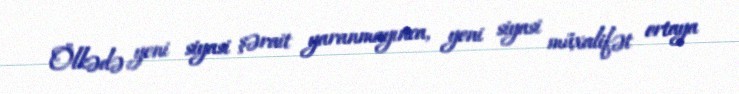
Ölkədə yeni siyasi şərait yaranmayınca, yeni siyasi müxalifət ortaya